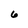
Character: 6